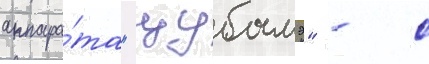
аппара́та "цубамэ" - с